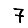
Digit: 7